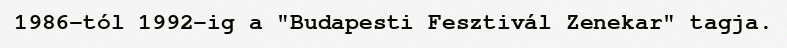
1986-tól 1992-ig a "Budapesti Fesztivál Zenekar" tagja.